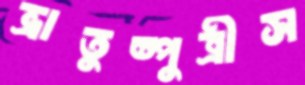
ভ্রাতুষ্পুত্রীস